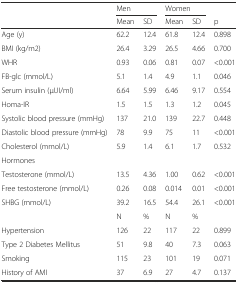
<table><thead><tr><td></td><td colspan="2"><b>Men</b></td><td colspan="2"><b>Women</b></td><td></td></tr><tr><td></td><td><b>Mean</b></td><td><b>SD</b></td><td><b>Mean</b></td><td><b>SD</b></td><td><b>p</b></td></tr></thead><tbody><tr><td>Age (y)</td><td>62.2</td><td>12.4</td><td>61.8</td><td>12.4</td><td>0.898</td></tr><tr><td>BMI (kg/m2)</td><td>26.4</td><td>3.29</td><td>26.5</td><td>4.66</td><td>0.700</td></tr><tr><td>WHR</td><td>0.93</td><td>0.06</td><td>0.81</td><td>0.07</td><td>&lt;0.001</td></tr><tr><td>FB-glc (mmol/L)</td><td>5.1</td><td>1.4</td><td>4.9</td><td>1.1</td><td>0.046</td></tr><tr><td>Serum insulin (μUI/ml)</td><td>6.64</td><td>5.99</td><td>6.46</td><td>9.17</td><td>0.554</td></tr><tr><td>Homa-IR</td><td>1.5</td><td>1.5</td><td>1.3</td><td>1.2</td><td>0.045</td></tr><tr><td>Systolic blood pressure (mmHg)</td><td>137</td><td>21.0</td><td>139</td><td>22.7</td><td>0.448</td></tr><tr><td>Diastolic blood pressure (mmHg)</td><td>78</td><td>9.9</td><td>75</td><td>11</td><td>&lt;0.001</td></tr><tr><td>Cholesterol (mmol/L)</td><td>5.9</td><td>1.4</td><td>6.1</td><td>1.7</td><td>0.532</td></tr><tr><td>Hormones</td><td></td><td></td><td></td><td></td><td></td></tr><tr><td>Testosterone (mmol/L)</td><td>13.5</td><td>4.36</td><td>1.00</td><td>0.62</td><td>&lt;0.001</td></tr><tr><td>Free testosterone (mmol/L)</td><td>0.26</td><td>0.08</td><td>0.014</td><td>0.01</td><td>&lt;0.001</td></tr><tr><td>SHBG (mmol/L)</td><td>39.2</td><td>16.5</td><td>54.4</td><td>26.1</td><td>&lt;0.001</td></tr><tr><td></td><td>N</td><td>%</td><td>N</td><td>%</td><td></td></tr><tr><td>Hypertension</td><td>126</td><td>22</td><td>117</td><td>22</td><td>0.899</td></tr><tr><td>Type 2 Diabetes Mellitus</td><td>51</td><td>9.8</td><td>40</td><td>7.3</td><td>0.063</td></tr><tr><td>Smoking</td><td>115</td><td>23</td><td>101</td><td>19</td><td>0.071</td></tr><tr><td>History of AMI</td><td>37</td><td>6.9</td><td>27</td><td>4.7</td><td>0.137</td></tr></tbody></table>